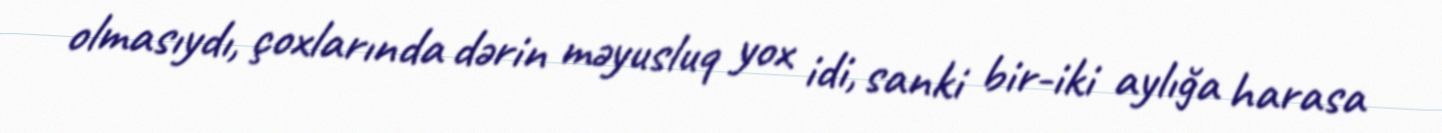
olmasıydı, çoxlarında dərin məyusluq yox idi, sanki bir-iki aylığa harasa